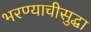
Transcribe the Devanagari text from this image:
भरण्याचीसुद्धा